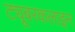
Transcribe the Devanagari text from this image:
ट्यूबरकलाइन